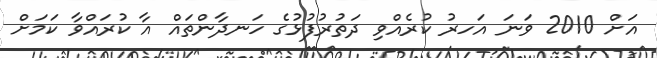
އަށް 2010 ވަނަ އަހރު ކުރެއްވި ދަތުުރުފުޅުގެ ހަނދާންތައް އާ ކުރައްވާ ކަަމަށް